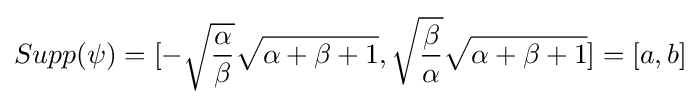
Supp(\psi )=[-{\sqrt {\frac {\alpha }{\beta }}}{\sqrt {\alpha +\beta +1}},{\sqrt {\frac {\beta }{\alpha }}}{\sqrt {\alpha +\beta +1}}]=[a,b]